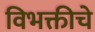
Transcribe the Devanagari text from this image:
विभक्तीचे